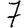
Digit: 7